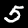
Digit: 5